Note on elephants in Burma, with a description of their equipment
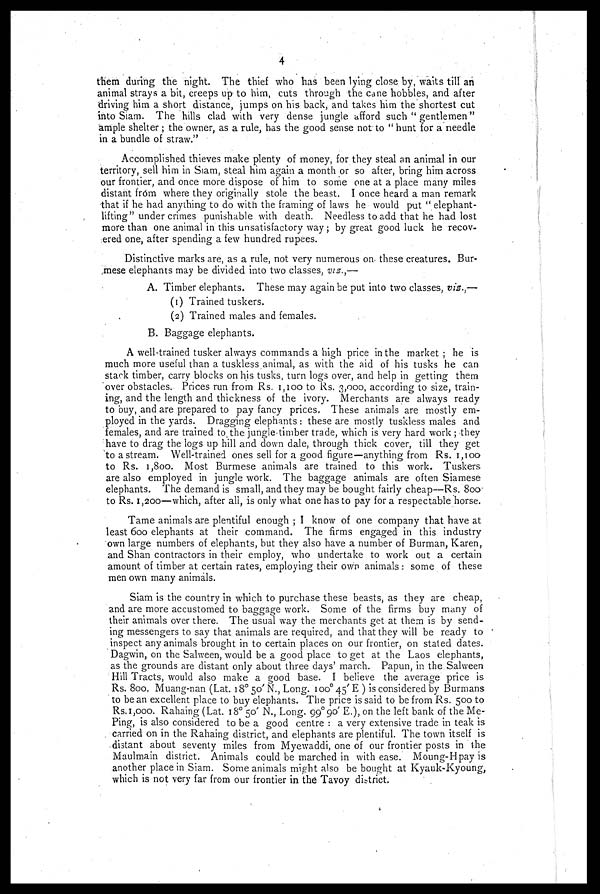
4
them during the night. The thief who has been lying close by, waits till an
animal strays a bit, creeps up to him, cuts through the cane hobbles, and after
driving him a short distance, jumps on his back, and takes him the shortest cut
into Siam. The hills clad with very dense jungle afford such " gentlemen"
ample shelter; the owner, as a rule, has the good sense not to " hunt for a needle
in a bundle of straw."
Accomplished thieves make plenty of money, for they steal an animal in our
territory, sell him in Siam, steal him again a month or so after, bring him across
our frontier, and once more dispose of him to some one at a place many miles
distant from where they originally stole the beast. I once heard a man remark
that if he had anything to do with the framing of laws he would put " elephant-
lifting" under crimes punishable with death. Needless to add that he had lost
more than one animal in this unsatisfactory way ; by great good luck he recov-
ered one, after spending a few hundred rupees.
Distinctive marks are, as a rule, not very numerous on these creatures. Bur-
mese elephants may be divided into two classes, viz.,—
A. Timber elephants. These may again be put into two classes, viz.,—
(1) Trained tuskers.
(2) Trained males and females.
B. Baggage elephants.
A well-trained tusker always commands a high price in the market ; he is
much more useful than a tuskless animal, as with the aid of his tusks he can
stark timber, carry blocks on his tusks, turn logs over, and help in getting them
over obstacles. Prices run from Rs. 1,100 to Rs. 3,000, according to size, train-
ing, and the length and thickness of the ivory. Merchants are always ready
to buy, and are prepared to pay fancy prices. These animals are mostly em-
ployed in the yards. Dragging elephants : these are mostly tuskless males and
females, and are trained to the jungle-timber trade, which is very hard work ; they
have to drag the logs up hill and down dale, through thick cover, till they get
to a stream. Well-trained ones sell for a good figure—anything from Rs. 1,100
to Rs. 1,800. Most Burmese animals are trained to this work. Tuskers
are also employed in jungle work. The baggage animals are often Siamese
elephants. The demand is small, and they may be bought fairly cheap—Rs. 800
to Rs. 1,200—which, after all, is only what one has to pay for a respectable horse.
Tame animals are plentiful enough ; I know of one company that have at
least 600 elephants at their command. The firms engaged in this industry
own large numbers of elephants, but they also have a number of Burman, Karen,
and Shan contractors in their employ, who undertake to work out a certain
amount of timber at certain rates, employing their own animals : some of these
men own many animals.
Siam is the country in which to purchase these beasts, as they are cheap,
and are more accustomed to baggage work. Some of the firms buy many of
their animals over there. The usual way the merchants get at them is by send-
ing messengers to say that animals are required, and that they will be ready to
inspect any animals brought in to certain places on our frontier, on stated dates.
Dagwin, on the Salween, would be a good place to get at the Laos elephants,
as the grounds are distant only about three days' march. Papun, in the Salween
Hill Tracts, would also make a good base. I believe the average price is
Rs. 800. Muang-nan (Lat. 18º 50' N., Long. 100º 45' E ) is considered by Burmans
to be an excellent place to buy elephants. The price is said to be from Rs. 500 to
Rs. 1,000. Rahaing (Lat. 18º 50' N., Long, 99º 90' E.), on the left bank of the Me-
Ping, is also considered to be a good centre : a very extensive trade in teak is
carried on in the Rahaing district, and elephants are plentiful. The town itself is
distant about seventy miles from Myewaddi, one of our frontier posts in the
Maulmain district. Animals could be marched in with ease. Moung-Hpay is
another place in Siam. Some animals might also be bought at Kyauk-Kyoung,
which is not very far from our frontier in the Tavoy district.